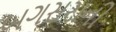
બગસરાની